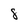
Character: 8